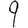
Digit: 9